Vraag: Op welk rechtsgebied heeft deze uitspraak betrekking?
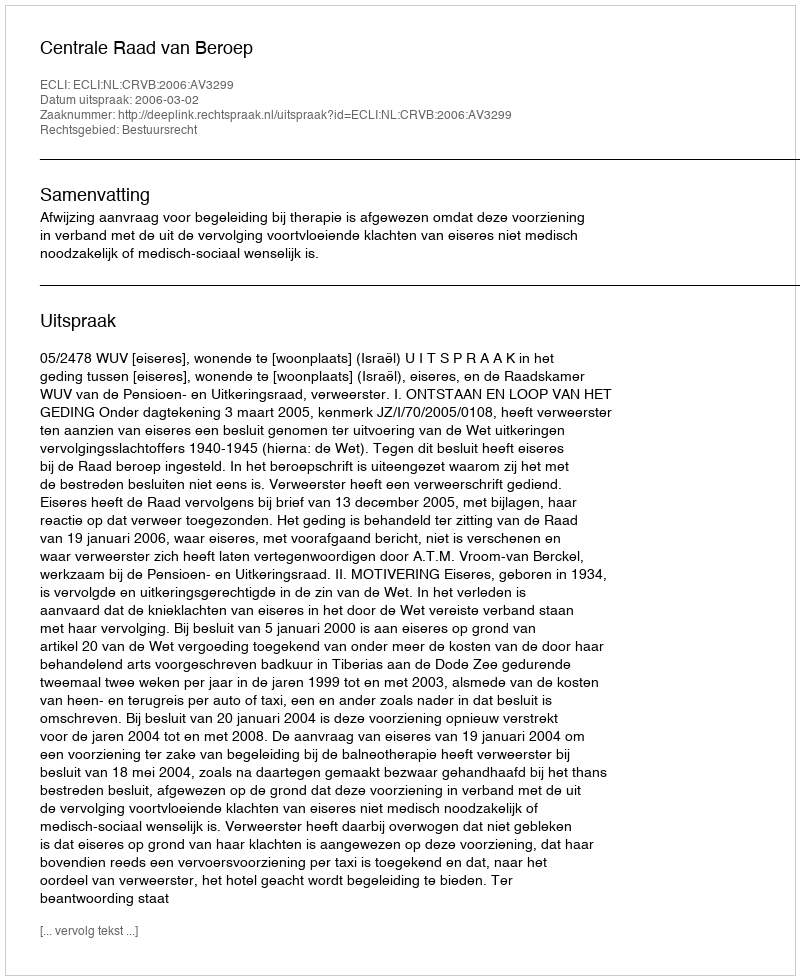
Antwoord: Bestuursrecht